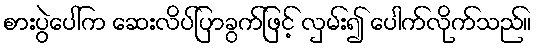
စားပွဲပေါ်က ဆေးလိပ်ပြာခွက်ဖြင့် လှမ်း၍ ပေါက်လိုက်သည်။